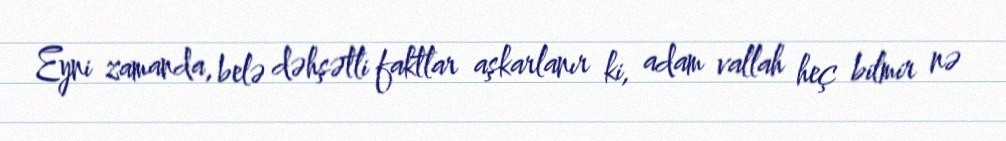
Eyni zamanda, belə dəhşətli faktlar aşkarlanır ki, adam vallah heç bilmir nə